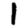
Digit: 1